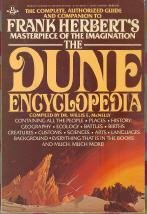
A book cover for The Dune Encyclopedia: The Complete, Authorized Guide and Companion to Frank Herbert's Masterpiece of the Imagination; Frank Herbert; Reference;